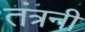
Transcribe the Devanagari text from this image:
तंत्रनी